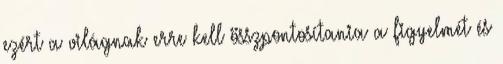
ezért a világnak erre kell összpontosítania a figyelmét és